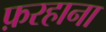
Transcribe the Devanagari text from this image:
फ़रहाना